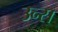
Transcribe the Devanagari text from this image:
उन्स